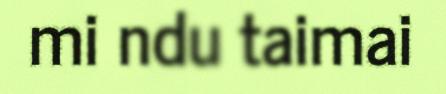
mi ndu taimai